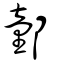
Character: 𨝯